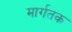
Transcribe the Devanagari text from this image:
मार्गतक